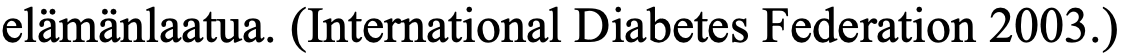
elämänlaatua. (International Diabetes Federation 2003.)